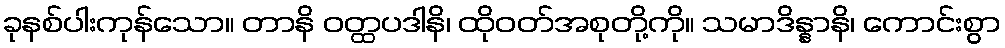
ခုနစ်ပါးကုန်သော။ တာနိ ဝတ္ထပဒါနိ၊ ထိုဝတ်အစုတို့ကို။ သမာဒိန္နာနိ၊ ကောင်းစွာ